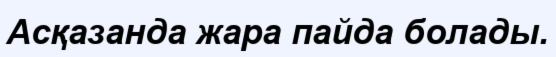
Асқазанда жара пайда болады.